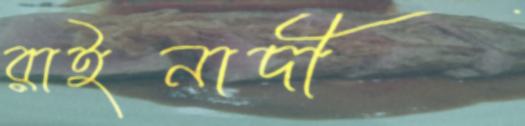
রাইনাদী